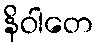
နိဝါတေ